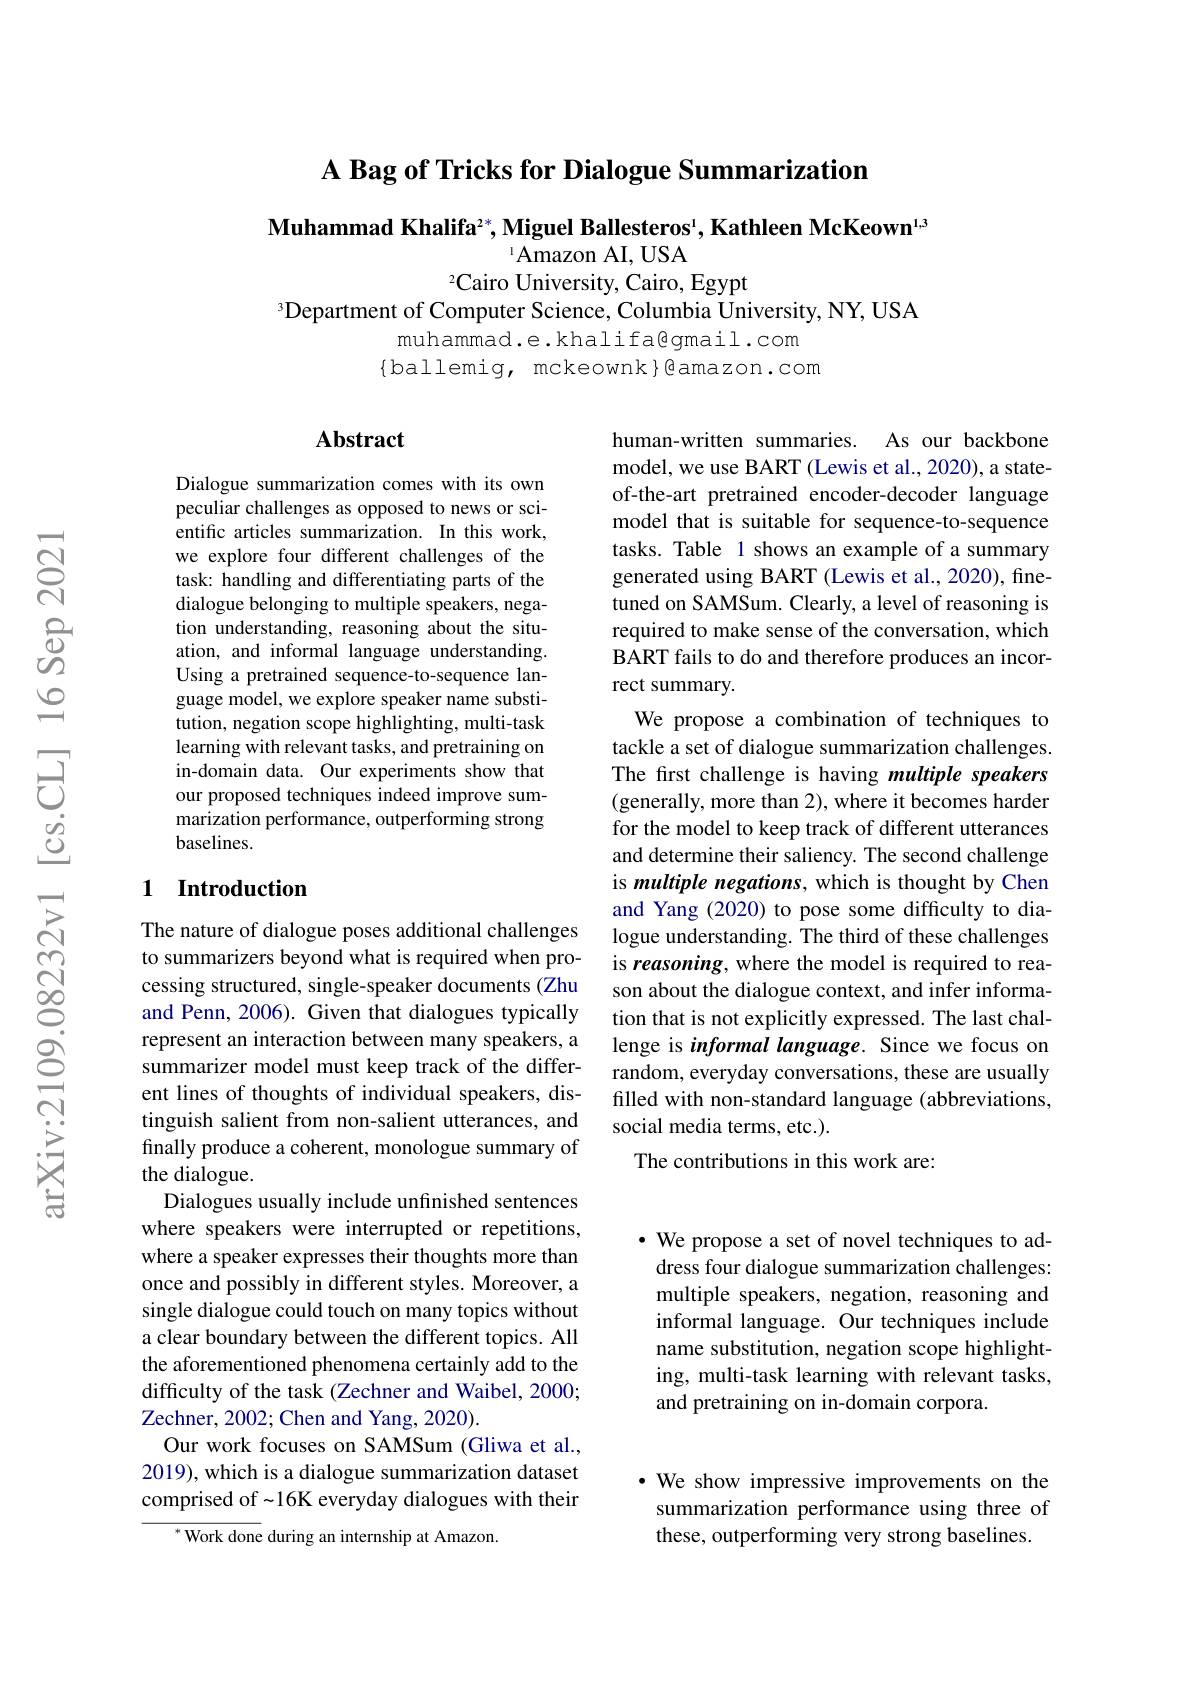
A Bag of Tricks for Dialogue Summarization

Muhammad Khalifa$^2*$,Miguel Ballesteros$^1$,Kathleen McKeown$^{1,3}$

$^{1}$Amazon AI, USA
2Cairo University, Cairo, Egypt
$^{3}$Department of Computer Science, Columbia University, NY, USA
muhammad.e.khalifa@gmail.com
$\{$ballemig, mckeownk$\}\textcircled{\mathrm{amazon.com}}$

### $\mathbf{Abstract}$

Dialogue summarization comes with its own peculiar challenges as opposed to news or scientific articles summarization. In this work, we explore four different challenges of the task: handling and differentiating parts of the dialogue belonging to multiple speakers, negation understanding, reasoning about the situation, and informal language understanding. Using a pretrained sequence-to-sequence language model, we explore speaker name substitution, negation scope highlighting, multi-task learning with relevant tasks, and pretraining on in-domain data. Our experiments show that our proposed techniques indeed improve summarization performance, outperforming strong baselines.

human-written summaries. As our backbone model, we use BART (Lewis et al., 2020), a stateof-the-art pretrained encoder-decoder language model that is suitable for sequence-to-sequence tasks. Table 1 shows an example of a summary generated using BART (Lewis et al., 2020), finetuned on SAMSum. Clearly, a level of reasoning is required to make sense of the conversation, which BART fails to do and therefore produces an incorrect summary.
We propose a combination of techniques to tackle a set of dialogue summarization challenges. The first challenge is having multiple speakers (generally, more than 2), where it becomes harder for the model to keep track of different utterances and determine their saliency. The second challenge is multiple negations, which is thought by Chen and Yang (2020) to pose some difficulty to dialogue understanding. The third of these challenges is reasoning, where the model is required to reason about the dialogue context, and infer information that is not explicitly expressed. The last challenge is informal language. Since we focus on random, everyday conversations, these are usually filled with non-standard language (abbreviations, social media terms, etc.).
The contributions in this work are:

## 1 Introduction

The nature of dialogue poses additional challenges to summarizers beyond what is required when processing structured, single-speaker documents (Zhu and Penn, 2006). Given that dialogues typically represent an interaction between many speakers, a summarizer model must keep track of the different lines of thoughts of individual speakers, distinguish salient from non-salient utterances, and finally produce a coherent, monologue summary of the dialogue.
Dialogues usually include unfinished sentences where speakers were interrupted or repetitions, where a speaker expresses their thoughts more than once and possibly in different styles. Moreover, a single dialogue could touch on many topics without a clear boundary between the different topics. All the aforementioned phenomena certainly add to the difficulty of the task (Zechner and Waibel, 2000; Zechner, 2002; Chen and Yang, 2020).
Our work focuses on SAMSum (Gliwa et al., 2019), which is a dialogue summarization dataset comprised of -16K everyday dialogues with their
${^{*}\text{Work done during an internship at Amazon.}}$

· We propose a set of novel techniques to address four dialogue summarization challenges: multiple speakers, negation, reasoning and informal language. Our techniques include name substitution, negation scope highlighting, multi-task learning with relevant tasks, and pretraining on in-domain corpora.

·We show impressive improvements on the summarization performance using three of these, outperforming very strong baselines.